system: You are a helpful assistant.
user:
Analyze the provided spectrum to determine if it is a **Carbon Star (C-type)**.

- **Key Visual Indicators of Carbon Star:**
    - **(Primary):** Strong molecular absorption from **C₂ (diatomic carbon) "Swan Bands."** This is the **defining feature** of a carbon star.
        - **(Key Bandheads):** Sharp absorption edges are visible at approximately $5635$ Å, $5165$ Å (the strongest band), and $4737$ Å.
        - **(Line Profile):** Creates a distinct **"saw-tooth"** pattern. The key morphology is a sharp, steep bandhead on the **red (long-wavelength) side**, which then gradually tapers off (i.e., flux recovers) towards the **blue (short-wavelength) side**. *(This is the direct opposite of the TiO bands seen in M-type stars)*.

    - **(Secondary):** Intense **CN (cyanogen)** molecular absorption bands.
        - **(Key Bandheads):** Located in the blue and violet regions of the spectrum (e.g., near $4215$ Å and $3883$ Å).
        - **(Morphology):** These bands are extremely broad and act as a "blanket," absorbing the vast majority of blue and violet light. This creates a characteristic **"cliff"** or **"steep drop-off"** in the spectrum's flux at short wavelengths.

    - **(Key Confirmation):** Strong **CH absorption band (G-band)**.
        - **(Key Bandhead):** Located around $4300$ Å. The contribution from CH molecules to this band is exceptionally strong.

    - **(Overall Spectrum):**
        - The continuum is severely "chopped up" by these deep molecular bands, especially C₂, rather than appearing as a smooth curve.
        - Due to the heavy CN and C₂ absorption in the blue-green, the vast majority of the star's flux is concentrated in the red part of the spectrum, giving the star its characteristic deep red color.

Think first, call **spectral_visualization_tool** if needed to examine features in detail, then provide your final answer. Your response must adhere to the following strict rules:
1.  **Overall Structure:** Your response must follow the format `<think>...</think> <tool_call>...</tool_call> (if a tool is used) <answer>...</answer>`.
2.  **Tool Usage Constraint:** You may only make **one** tool call per turn.
3.  **Final Answer Format:** In the `<answer>` tag, your conclusion must be inside a `\boxed{}` command (e.g., `\boxed{YES}`), followed by your justification.

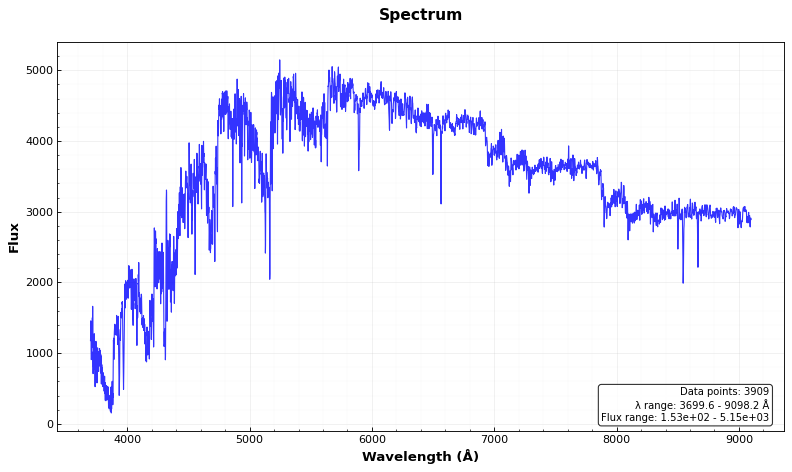
Answer: YES